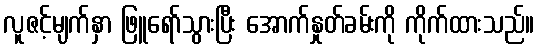
လူဇင့်မျက်နှာ ဖြူရော်သွားပြီး အောက်နှုတ်ခမ်းကို ကိုက်ထားသည်။